Lunatic asylums Madras 1877-1891 - 1877-1891
Year: 1877
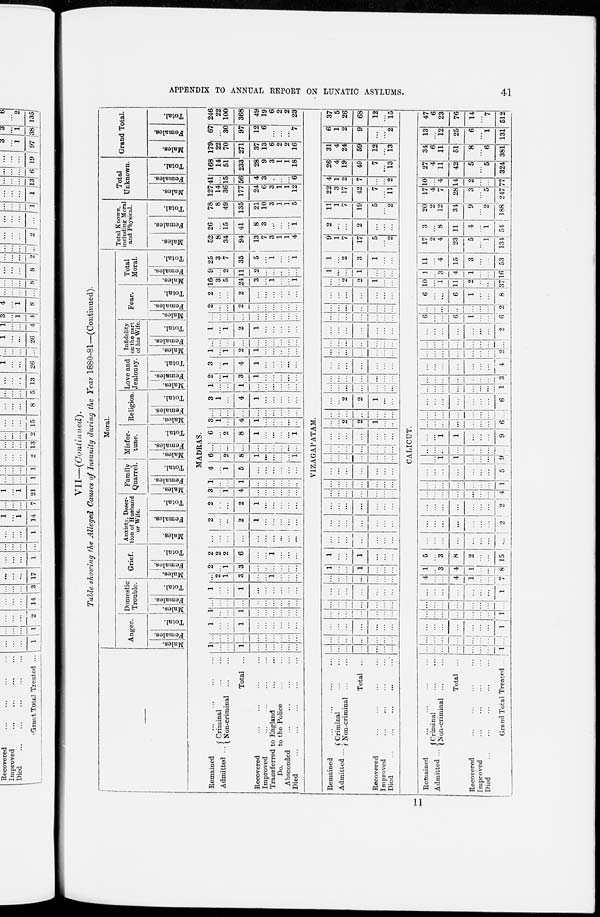
41
APPENDIX TO ANNUAL REPORT ON LUNATIC ASYLUMS.
VII—(Continued).
Table shouting the Alleged Causes of Insanity during the Year 1880-81—(Continued).
Moral.
Anger.
Males.
Females.
Total.
Domestic
Trouble.
Males.
Females.
Total.
Grief.
Males.
Females.
Total.
Anxiety, Desertion
of Husband or Wife.
Males.
Females.
Total.
Family
Quarrel.
Males.
Females.
Total.
Misfortune.
Males.
Females.
Total.
Religion.
Males.
Females.
Total.
Love and
Jealousy
Males.
Females.
Total.
Infidelity
on the part of his Wife.
Males.
Females.
Total.
Fear.
Males.
Females.
Total.
Total
Moral.
Males.
Females.
Total.
Total Known,
including Moral and Physical.
Males.
Females.
Total.
Total
Unknown.
Males.
Females.
Total.
Grand Total.
Males.
Females.
Total.
MADRAS.
Remained ... ... ... ...
Admitted ... Criminal ... ...
Non-criminal ... ...
Total ...
Recovered ... ... ... ...
Improved ... ... ... ...
Transferred to England ... ...
Do.
to the Police ... ...
Absconded ... ... ... ...
Died
...
...
...
...
...
1
...
...
1
...
...
...
...
...
...
...
...
...
...
...
... ...
...
...
...
1
...
...
1
...
...
...
...
...
...
1
... ...
1
...
...
...
...
...
...
...
...
...
...
...
...
...
...
...
...
1
... ...
1
...
... ...
...
...
...
...
2
1
3
...
... 1
...
...
...
2
1
3
...
...
...
...
...
...
2
2
2
6
...
... 1
...
...
...
...
...
...
...
...
...
...
...
...
...
2
...
...
2
1
...
...
...
...
...
2
...
...
2
1
...
...
...
...
...
3
... 1
4
...
...
...
...
...
...
1
...
...
1
...
...
...
...
...
...
4
...
1
5
...
...
...
...
...
...
6
...
2
8
1
...
...
...
...
1
...
...
...
...
...
...
...
...
...
...
6
...
2
8
1
...
...
...
...
1
3
1
...
4
1
...
...
...
...
...
...
...
...
...
...
...
...
...
...
3
1
...
4
1
...
...
...
...
...
1
...
...
1
...
...
...
...
...
...
2
...
1
3
1
...
...
...
...
...
3
...
1
4
1
...
...
...
...
...
1
...
1
2
1
...
...
...
...
...
...
...
...
...
...
...
...
...
...
...
1
...
1
2
1
...
...
...
...
...
...
... ...
...
...
...
...
...
...
...
2
...
...
2
...
...
...
...
...
...
2
... ...
2
...
...
...
...
...
...
16
3
5
24
3
...
1
...
...
1
9
...
2
11
2
...
...
...
...
...
25
3
7
35
5
...
1
...
...
1
52
8
34
94
13
7
3
1
1
4
26
... 15
41
8
3
...
...
...
1
78
8
49
135
21
10
3
1
1
5
127
14
36
177
24
6
3
1
1
12
41
...
15
56
4
3
...
...
...
6
168
14
51
233
28
9
3
1
1
18
179
22
70
271
37
13
6
2
2
16
67
...
30
97
12
6
...
...
...
7
246
22
100
368
49
19
6
2
2
23
VIZAGAPATAM.
Remained ... ... ... ...
Admitted ... Criminal ... ...
Non-criminal ... ...
Total ...
Recovered ... ... ... ...
Improved ... ... ... ...
Died
...
...
...
...
...
...
...
...
...
...
...
...
... ...
...
...
...
...
...
... ...
...
...
...
...
...
...
...
...
...
...
...
...
...
...
...
...
...
...
...
... ...
...
...
...
...
...
...
...
...
...
...
...
1
...
...
1
...
...
...
1
...
...
1
...
...
...
...
...
...
...
...
...
...
...
...
...
...
...
...
...
...
...
...
...
...
...
...
...
...
...
...
...
...
...
...
...
...
...
...
...
...
...
...
...
...
...
...
...
...
...
...
...
...
...
...
...
...
...
...
...
...
...
...
... ...
...
...
...
...
...
... 2
...
1
...
...
...
... ...
...
...
...
...
...
... ...
2
1
...
...
...
... ...
...
...
...
...
...
... ...
...
...
...
...
...
... ...
...
...
...
...
...
... ...
...
...
...
...
...
...
...
...
...
...
...
...
...
...
...
...
...
...
...
...
...
...
...
...
...
...
...
...
...
...
...
...
...
...
...
...
...
...
...
...
... 2
2
1
...
...
1
... ...
1
...
...
...
1
... 2
3
1
...
...
9
1
7
17
5
...
2
2
...
...
2
...
...
...
11
1
7
19
5
...
2
22
3
17
42
7
...
11
4
1
2
7
...
...
2
26
4
19
49
7
...
13
31
4
24
59
12
...
13
6
1
2
9
...
...
2
37
5
26
68
12
...
15
CALICUT.
Remained ... ... ... ...
Admitted ...
Criminal ... ...
Non-criminal ... ...
Total ...
Recovered ... ... ... ...
Improved ... ... ... ...
Died ... ... ... ...
Grand Total Treated ...
...
...
...
...
...
...
..
1
...
...
...
...
...
...
...
...
...
...
...
...
...
...
...
1
...
...
...
...
...
...
...
1
...
...
...
...
...
...
...
...
...
...
...
...
...
...
...
1
4
...
...
4
1
...
...
7
1
...
3
4
1
...
...
8
5
...
3
8
2
...
...
15
...
...
...
...
...
...
...
...
...
...
...
...
...
...
...
2
...
...
...
...
...
...
...
2
...
...
...
...
...
...
...
4
...
...
...
...
...
...
...
1
...
...
...
...
...
...
...
5
...
...
1
1
...
...
...
9
...
...
...
...
...
...
...
...
...
...
1
1
...
...
...
9
...
...
...
...
...
...
...
6
...
...
...
...
...
...
...
...
...
...
...
...
...
...
...
6
...
...
...
...
...
...
...
1
...
...
...
...
...
...
...
3
...
...
...
...
...
...
...
4
...
...
...
...
...
...
...
2
...
...
...
...
...
...
...
...
...
...
...
...
...
...
...
2
6
...
...
6
1
...
...
6
...
...
...
...
...
...
...
2
6
...
...
6
1
...
...
8
10
...
1
11
2
...
...
37
1
...
3
4
1
...
...
16
11
...
4
15
3
...
...
53
17
2
4
23
5
...
1
134
3
...
8
11
4
...
1
54
20
2
12
34
9
...
2
188
171
4
7
28
3
...
5
247
0
...
4
14
2
...
...
77
27
4
11
42
5
...
5
324
34
6
11
51
8
...
6
381
13
...
12
25
6
...
1
131
47
6
23
76
14
...
7
512
11